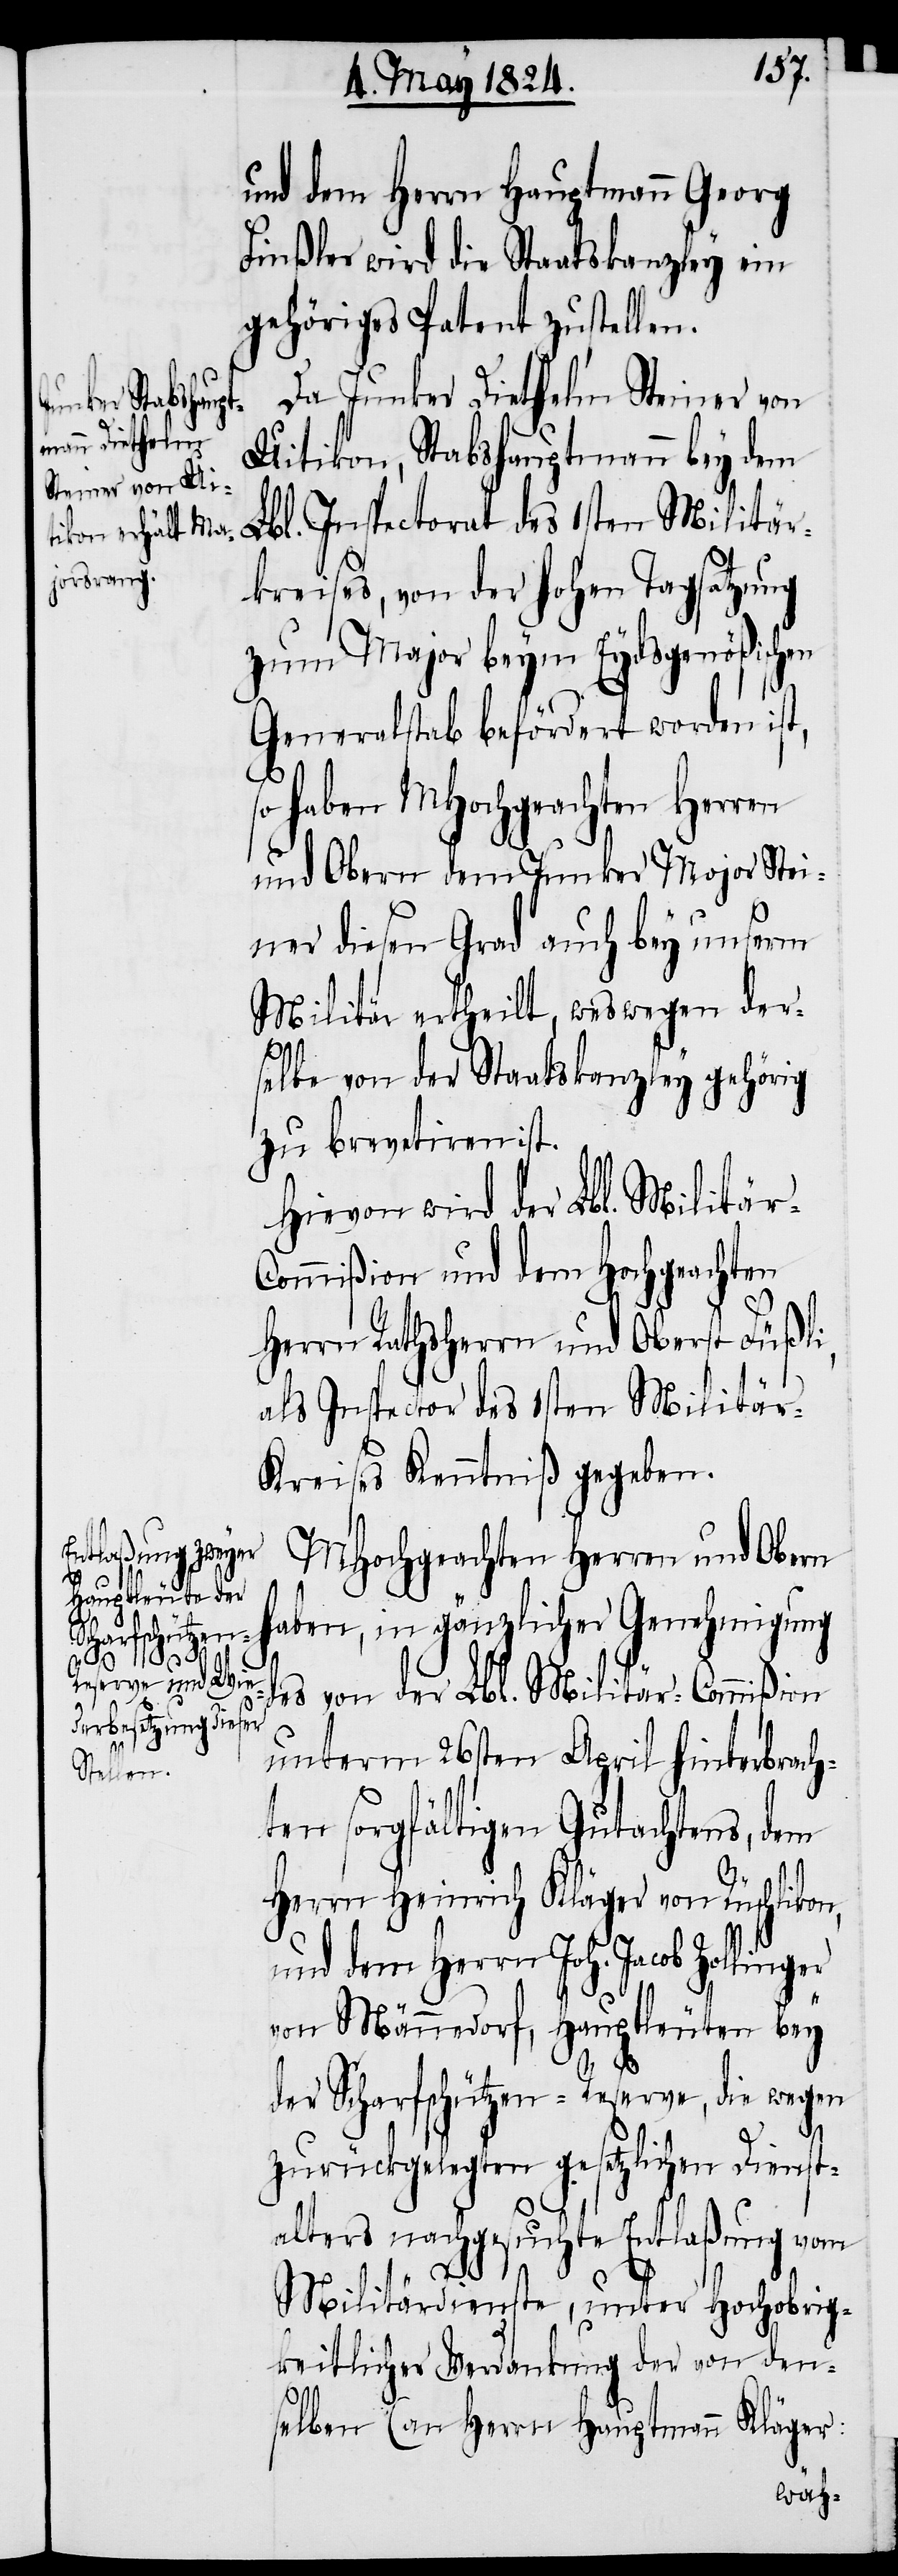
und dem Herrn Hauptmann Georg
Finßler wird die Staatskanzley ein
gehöriges Patent zustellen.
Da Junker Diethelm Steiner von
Uitikon, Stabshauptmann bey dem
Lbl. Inspectorat des 1sten Militär¬
kreises, von der hohen Tagsatzung
zum Major beym Eydsgenößischen
Generalstab befördert worden ist,
haben MHochgeachten Herren
und Obern dem Junker Major Stei¬
ner diesen Grad auch bey unserm
Militär ertheilt, weswegen der¬
selbe von der Staatskanzley gehörig
zu brevetiren ist.
Hievon wird der Lbl. Militär-C¬
ommißion und dem Hochgeachten
Herrn Rathsherrn und Oberst Füßli,
als Inspector des 1sten Militär-K¬
reises Kenntniß gegeben.
MHochgeachten Herren und Obern
haben, in gänzlicher Genehmigung
des von der Lbl. Militär-Commißion
unterm 26sten April hinterbrach¬
ten sorgfältigen Gutachtens, dem
Herrn Heinrich Kläger von Rüschliko¬
und dem Herrn Joh. Jacob Zolling¬
von Männedorf, Hauptleuten bey
der Scharfschützen-Reserve, die wegen
er
zurückgelegten gesetzlichen Dienst¬
alters nachgesuchte Entlaßung vom
Militärdienste, unter Hochobrig¬
keitlicher Verdankung der von den¬
selben (an Herrn Hauptmann Kläger